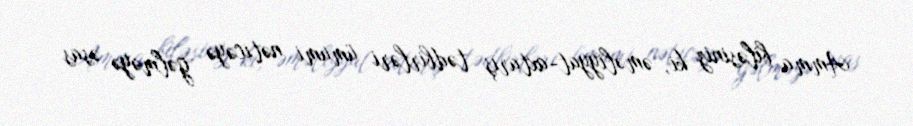
Amma biləsiniz ki, əməliyyat-axtarış tədbirləri ümumi nəticəyə gəlməyə əsas